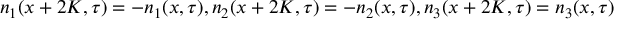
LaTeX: n _ { 1 } ( x + 2 K , \tau ) = - n _ { 1 } ( x , \tau ) , n _ { 2 } ( x + 2 K , \tau ) = - n _ { 2 } ( x , \tau ) , n _ { 3 } ( x + 2 K , \tau ) = n _ { 3 } ( x , \tau )